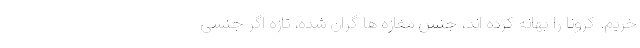
خریم. کرونا را بهانه کرده اند، جنس مغازه ها گران شده، تازه اگر جنسی